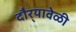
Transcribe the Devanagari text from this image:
दौर्‍यावेळी